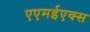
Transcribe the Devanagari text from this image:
एएमईएक्स